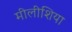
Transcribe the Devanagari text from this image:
मीलीशिया